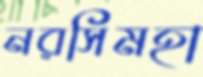
নরসিমহা